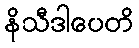
နိသီဒါပေတိ